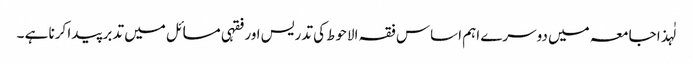
لٰہذا جامعہ میں دوسرے اہم اساس فقہ الاحوط کی تدریس اور فقہی مسائل میں تدبر پیدا کرنا ہے ۔